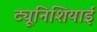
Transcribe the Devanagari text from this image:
ट्यूनिशियाई